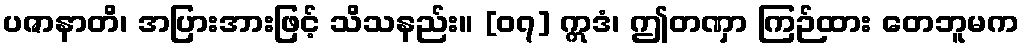
ပဇာနာတိ၊ အပြားအားဖြင့် သိသနည်း။ [၀၇] ဣဒံ၊ ဤတဏှာ ကြဉ်ထား တေဘူမက